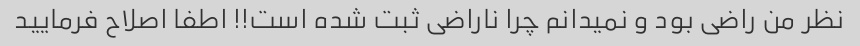
نظر من راضی بود و نمیدانم چرا ناراضی ثبت شده است!! اطفا اصلاح فرمایید